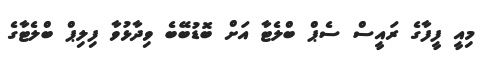
މިއީ ފީފާގެ ރައީސް ސެޕް ބްލެޓާ އަށް ބޮޑުބޭބެ ވިދާޅުވާ ފިލިޕް ބްލެޓާގެ